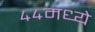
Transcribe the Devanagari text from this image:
४४मध्ये